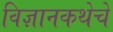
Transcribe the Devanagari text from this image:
विज्ञानकथेचे